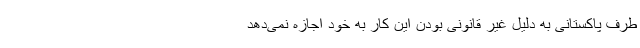
طرف پاکستانی به دلیل غیر قانونی بودن این کار به خود اجازه نمی‌دهد